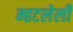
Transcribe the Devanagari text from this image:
म्हटलेली